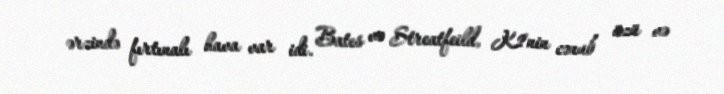
ərzində fırtınalı hava var idi. Bates və Streatfeild, K2'nin cənub üzü və